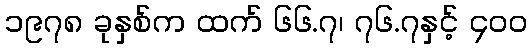
၁၉၇၈ ခုနှစ်က ထက် ၆၆.၇၊ ၇၆.၇နှင့် ၄၀၀